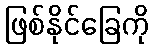
ဖြစ်နိုင်ခြေကို